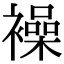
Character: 襙